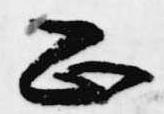
正